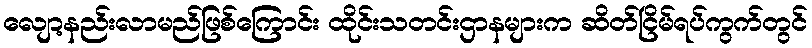
လျော့နည်းလာမည်ဖြစ်ကြောင်း ထိုင်းသတင်းဌာနများက ဆိတ်ငြိမ်ရပ်ကွက်တွင်